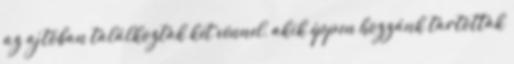
az ajtóban találkoztak két vénnel, akik éppen hozzánk tartottak